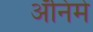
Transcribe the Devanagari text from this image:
अॅनिमे